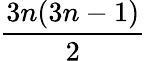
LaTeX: \frac{3n(3n-1)}{2}